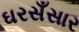
ઘરસઁસાર